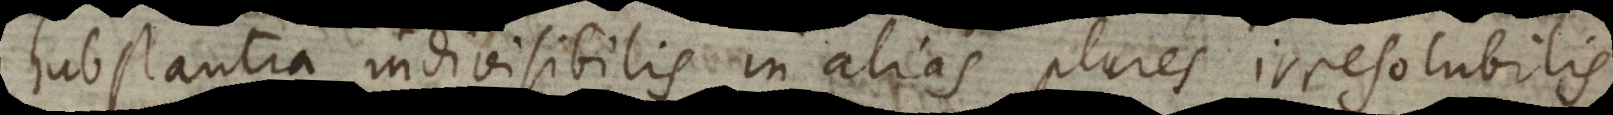
substantia indivisibilis in alias plures irresolubilis